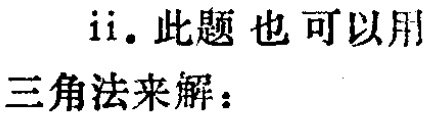
ii. 此题也可以用三角法来解：